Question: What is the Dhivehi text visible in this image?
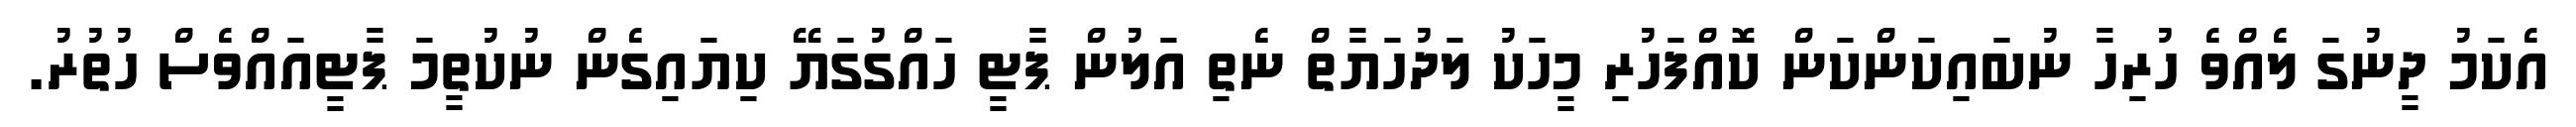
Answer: އެކަމު ދީނުގަ ލެއްވެ ހުރިހާ ނުބައިކަންކަން ކޮއްފަހުރި މީހަކު ލަދުހަޔާތް ނެތި އަލުން ޕާޓީ ހައްގުގަޔޭ ކިޔައިގެން ނުކުތީމަ ޕާޓީއައްވެސް ހުތުރު.